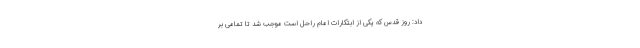
داد: روز قدس که یکی از ابتکارات امام راحل است موجب شد تا تمامی بر